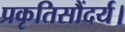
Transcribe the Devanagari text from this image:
प्रकृतिसौंदर्य।